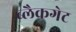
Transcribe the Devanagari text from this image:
ब्लैकगेट